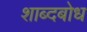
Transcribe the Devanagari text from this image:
शाब्दबोध